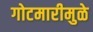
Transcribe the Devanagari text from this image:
गोटमारीमुळे